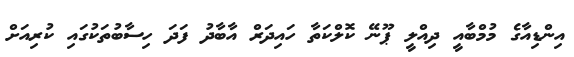
އިންޑިއާގެ މުމްބާއީ ދިއްލީ ޕޫނޭ ކޮލްކަތާ ހައިދަރް އާބާދު ފަދަ ހިސާބުތަކުގައި ކުރިއަށް